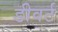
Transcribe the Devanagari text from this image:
डीवर्ट